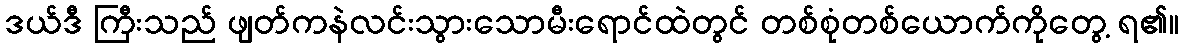
ဒယ်ဒီ ကြီးသည် ဖျတ်ကနဲလင်းသွားသောမီးရောင်ထဲတွင် တစ်စုံတစ်ယောက်ကိုတွေ့ ရ၏။